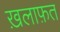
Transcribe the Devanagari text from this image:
ख़लाफ़त